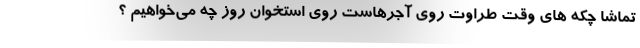
تماشا چکه های وقت طراوت روی آجرهاست روی استخوان روز چه می‌خواهیم ؟